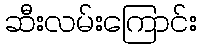
ဆီးလမ်းကြောင်း